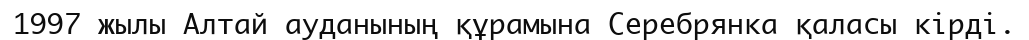
1997 жылы Алтай ауданының құрамына Серебрянка қаласы кiрдi.